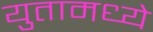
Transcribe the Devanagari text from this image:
युतामध्ये